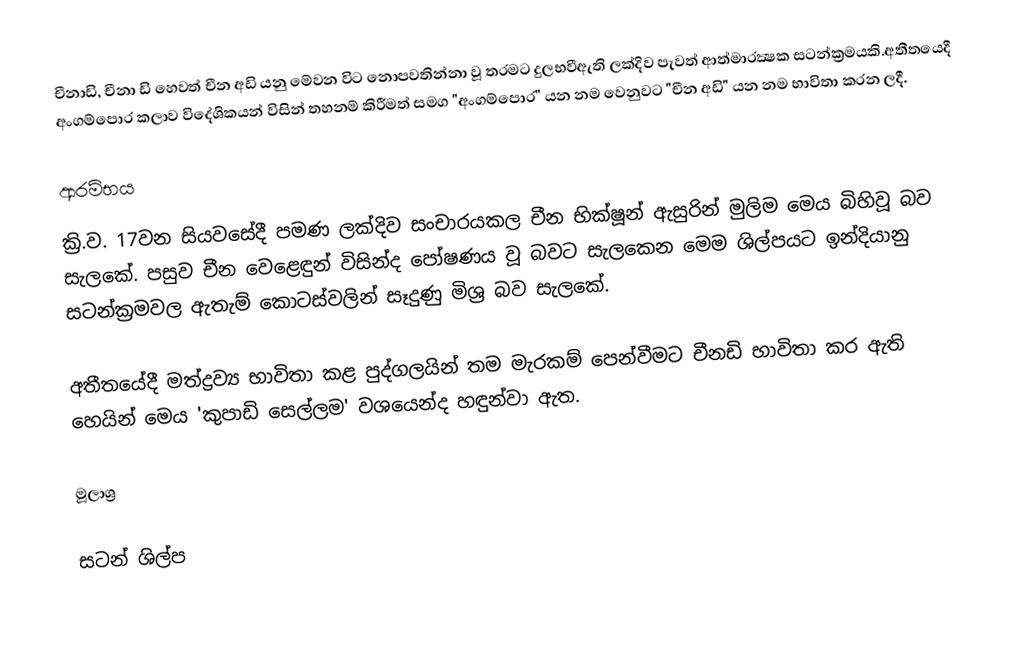
චීනාඩි, චීනා ඩි හෙවත් චීන අඩි යනු මේවන විට නොපවතින්නා වූ තරමට දුලභවීඇති ලක්දිව පැවත් ආත්මාරක්‍ෂක සටන්ක්‍රමයකි.අතීතයෙදී අංගම්පොර කලාව විදේශිකයන් විසින් තහනම් කිරීමත් සමග "අංගම්පොර" යන නම වෙනුවට "චීන අඩි" යන නම භාවිතා කරන ලදී.

ආරම්භය
ක්‍රි.ව. 17වන සියවසේදී පමණ ලක්දිව සංචාරයකල චීන භික්ෂූන් ඇසුරින් මුලිම මෙය බිහිවූ බව සැලකේ. පසුව චීන වෙළෙඳුන් විසින්ද පෝෂණය වූ බවට සැලකෙන මෙම ශිල්පයට ඉන්දියානු සටන්ක්‍රමවල ඇතැම් කොටස්වලින් සෑදුණු මිශ්‍ර බව සැලකේ.

අතීතයේදී මත්ද්‍රව්‍ය භාවිතා කළ පුද්ගලයින් තම මැරකම් පෙන්වීමට චීනඩි භාවිතා කර ඇති හෙයින් මෙය 'කුපාඩි සෙල්ලම' වශයෙන්ද හඳුන්වා ඇත.

මූලාශ්‍ර

සටන් ශිල්ප